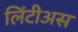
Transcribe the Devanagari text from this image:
लिंटीअस